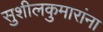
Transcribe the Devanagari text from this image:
सुशीलकुमारांना